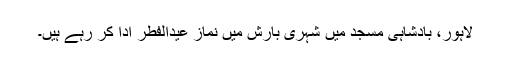
لاہور، بادشاہی مسجد میں شہری بارش میں نماز عیدالفطر ادا کر رہے ہیں۔